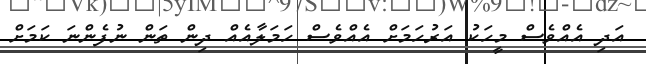
އަދި އެއްވެސް މީހަކު އަރުހަމަށް އެއްވެސް ހަމަލާއެއް ދިން ތަން ނުފެންނަ ކަމަށް